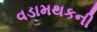
વડામથકની